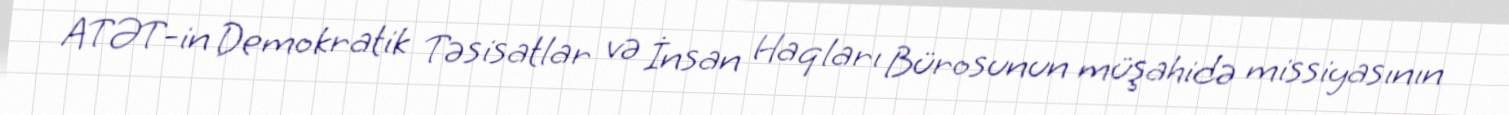
ATƏT-in Demokratik Təsisatlar və İnsan Haqları Bürosunun müşahidə missiyasının